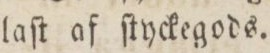
laſt af ſtyckegods.